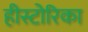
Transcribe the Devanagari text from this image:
हीस्टोरिका